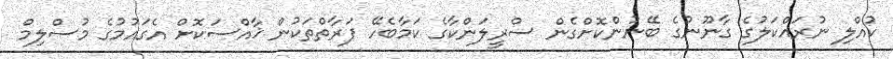
ކުއްލި ނުރައްކަލުގެ ގާނޫނުގެ ބޭނުންކޮށްގެން ސްރީލަންކާގެ ކަމާބެހޭ ފަރާތްތަކުން ޚާއްސަކޮށް އެގައުމުގެ މުސްލިމް